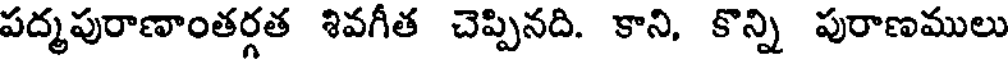
పద్మపురాణాంతర్గత శివగీత చెప్పినది. కాని, కొన్ని పురాణములు